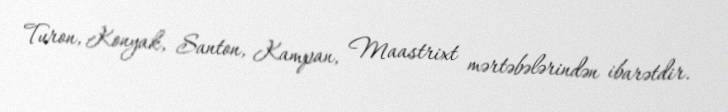
Turon, Konyak, Santon, Kampan, Maastrixt mərtəbələrindən ibarətdir.